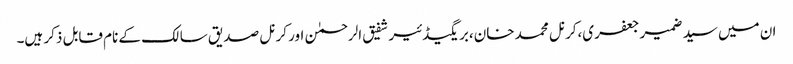
ان میں سید ضمیر جعفری،کرنل محمد خان،بریگیڈئیر شفیق الرحمٰن اور کرنل صدیق سالک کے نام قابل ذکر ہیں۔